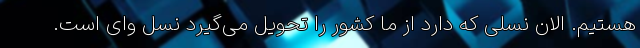
هستیم. الان نسلی که دارد از ما کشور را تحویل می‌گیرد نسل وای است.